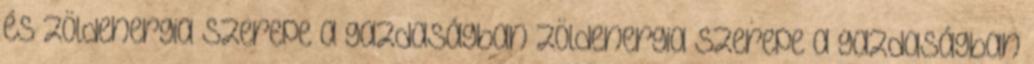
és Zöldenergia szerepe a gazdaságban Zöldenergia szerepe a gazdaságban